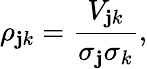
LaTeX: \rho_{\mathbf{j}k}={\frac{{V_{\mathbf{j}k}}}{{\sigma_{\mathbf{j}}\sigma_{k}}}},